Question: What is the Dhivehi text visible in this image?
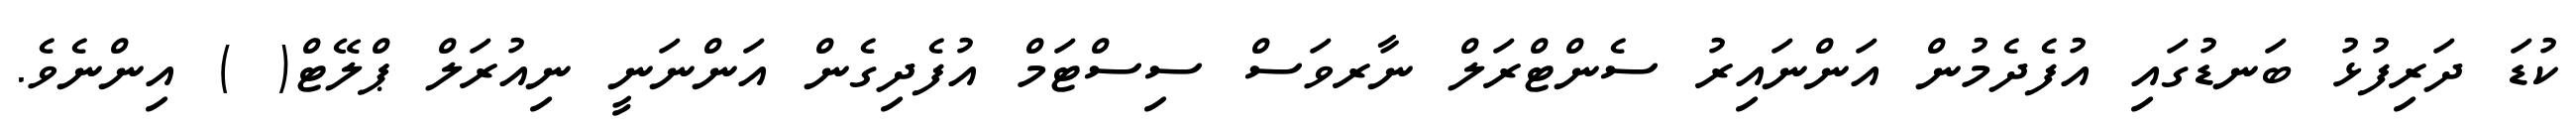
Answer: ކުޑަ ދަރިފުޅު ބަނޑުގައި އުފެދެމުން އަންނައިރު ސެންޓްރަލް ނާރވަސް ސިސްޓަމް އުފެދިގެން އަންނަނީ ނިއުރަލް ޕްލޭޓް( ) އިންނެވެ.